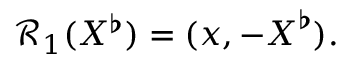
\mathcal { R } _ { 1 } ( X ^ { \flat } ) = ( x , - \boldsymbol { X } ^ { \flat } ) .